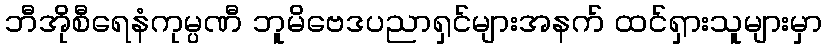
ဘီအိုစီရေနံကုမ္ပဏီ ဘူမိဗေဒပညာရှင်များအနက် ထင်ရှားသူများမှာ